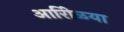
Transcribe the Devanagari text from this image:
आरोिळया